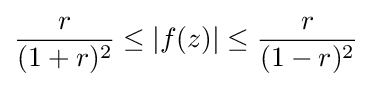
{r \over (1+r)^{2}}\leq |f(z)|\leq {r \over (1-r)^{2}}